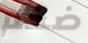
ضخم